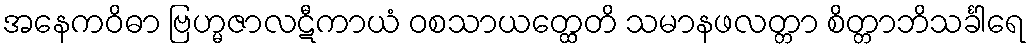
အနေကဝိဓာ ဗြဟ္မဇာလဋီကာယံ ဝစသာယတ္ထေတိ သမာနဖလတ္တာ စိတ္တာဘိသင်္ခါရေ